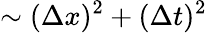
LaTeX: \sim(\Delta x)^{2}+(\Delta t)^{2}